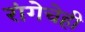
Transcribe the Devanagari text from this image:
रांगेचेही